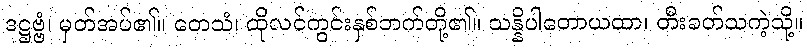
ဒဋ္ဌဗ္ဗံ၊ မှတ်အပ်၏။ တေသံ၊ ထိုလင်ကွင်းနှစ်ဘက်တို့၏။ သန္နိပါတောယထာ၊ တီးခတ်သကဲ့သို့။